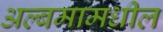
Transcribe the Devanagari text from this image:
अल्बमामधील